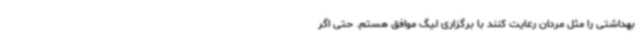
بهداشتی را مثل مردان رعایت کنند با برگزاری لیگ موافق هستم. حتی اگر